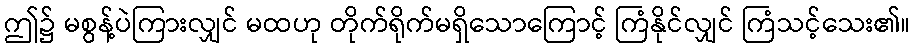
ဤ၌ မစွန့်ပဲကြားလျှင် မထဟု တိုက်ရိုက်မရှိသောကြောင့် ကြံနိုင်လျှင် ကြံသင့်သေး၏။